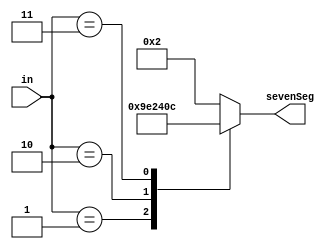
`timescale 1ns / 1ps

module SevenSegOneDig(in, sevenSeg);

input [3:0] in;
output reg [7:0] sevenSeg;

always @(*) begin
	sevenSeg = 8'b00000010;
	case(in[3:0])
		 0: sevenSeg = 8'b00000010;  //0
		 1: sevenSeg = 8'b10011110;  //1
		 2: sevenSeg = 8'b00100100;  //2
		 3: sevenSeg = 8'b00001100;  //3
		 default:sevenSeg = 8'b00000010;
	endcase
end

endmodule